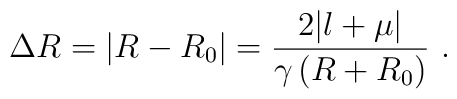
\Delta R=\left| R-R_{0}\right| =\frac{2|l+\mu |}{\gamma \left(R+R_{0}\right) }\,\,.